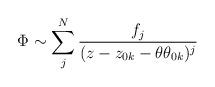
LaTeX: \begin{align*}\Phi\sim \sum_{j}^{N}\frac{f_{j}}{(z-z_{0k}-\theta\theta_{0k})^{j}}\end{align*}